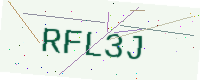
Text: RFL3J